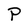
Character: P